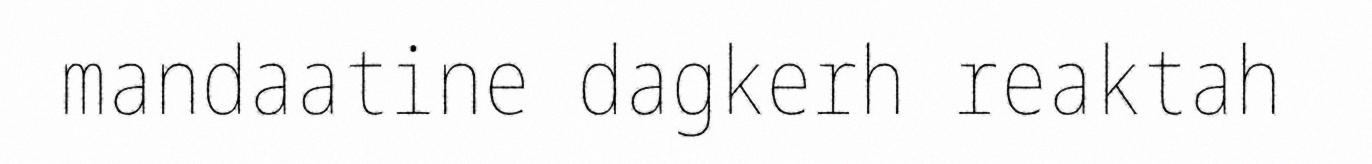
mandaatine dagkerh reaktah